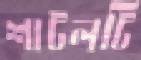
শাটলটি